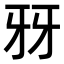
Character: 𤘆